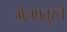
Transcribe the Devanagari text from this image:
मेलपतुरने